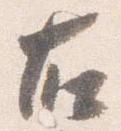
右